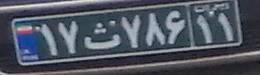
۱۷ث۷۶۸۱۱